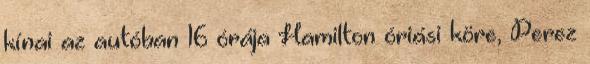
kínai az autóban 16 órája Hamilton óriási köre, Perez